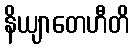
နိယျာတေဟီတိ